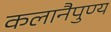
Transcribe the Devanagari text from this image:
कलानैपुण्य